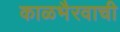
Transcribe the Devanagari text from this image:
काळभैरवाची